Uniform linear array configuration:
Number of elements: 8
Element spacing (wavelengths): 0.25
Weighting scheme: hann
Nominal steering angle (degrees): -15
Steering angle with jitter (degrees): -16.178
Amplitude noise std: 0.05
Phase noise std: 0.05

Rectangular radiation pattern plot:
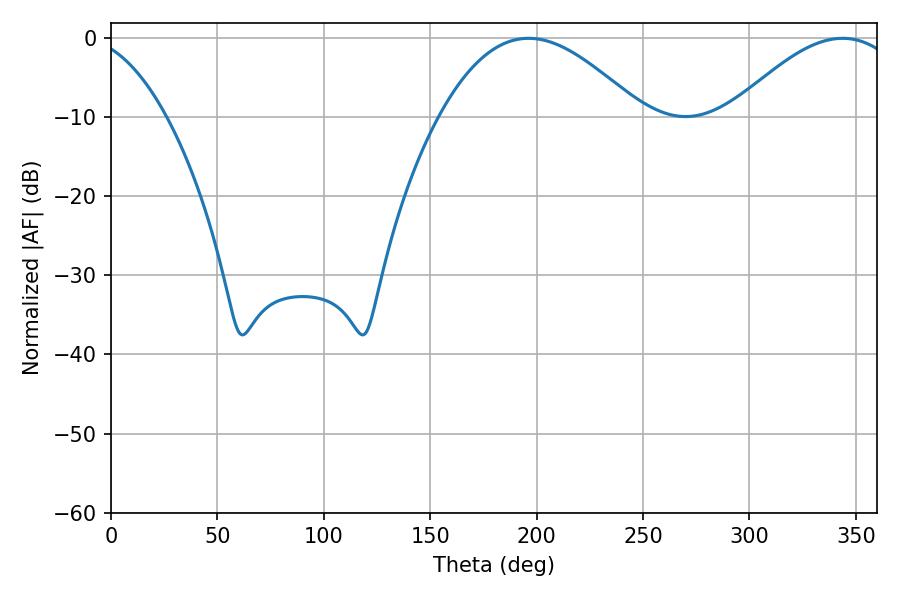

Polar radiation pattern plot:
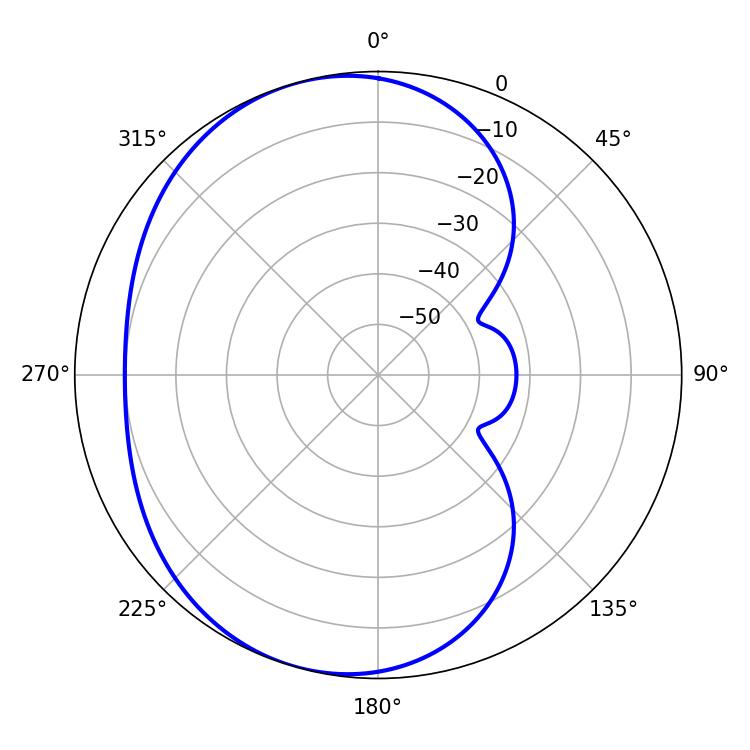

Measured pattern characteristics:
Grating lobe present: FALSE
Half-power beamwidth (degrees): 51.66
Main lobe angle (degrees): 196.2